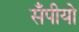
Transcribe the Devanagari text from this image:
सँपीयो